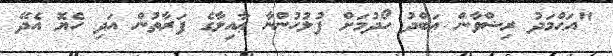
"އަޙްމަދު ރިޟްވާން ޢަބްދު ހޯދުމަށް ފުލުހުންނާ ޢާއިލާގެ ފަރާތުން އަދި ހެޔޮ އެދޭ